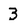
Character: 3